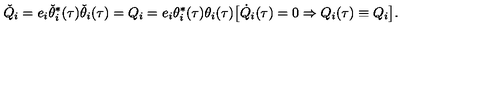
{ \check { Q } } _ { i } = e _ { i } \check { \theta } _ { i } ^ { \ast } ( \tau ) \check { \theta } _ { i } ( \tau ) = Q _ { i } = e _ { i } \theta _ { i } ^ { \ast } ( \tau ) \theta _ { i } ( \tau ) \big [ \dot { Q } _ { i } ( \tau ) = 0 \Rightarrow Q _ { i } ( \tau ) \equiv Q _ { i } \big ] .